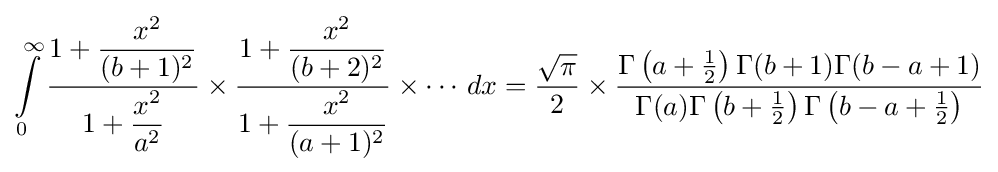
\int \limits _{0}^{\infty }{\frac {1+{\dfrac {x^{2}}{(b+1)^{2}}}}{1+{\dfrac {x^{2}}{a^{2}}}}}\times {\frac {1+{\dfrac {x^{2}}{(b+2)^{2}}}}{1+{\dfrac {x^{2}}{(a+1)^{2}}}}}\times \cdots \,dx={\frac {\sqrt {\pi }}{2}}\times {\frac {\Gamma \left(a+{\frac {1}{2}}\right)\Gamma (b+1)\Gamma (b-a+1)}{\Gamma (a)\Gamma \left(b+{\frac {1}{2}}\right)\Gamma \left(b-a+{\frac {1}{2}}\right)}}